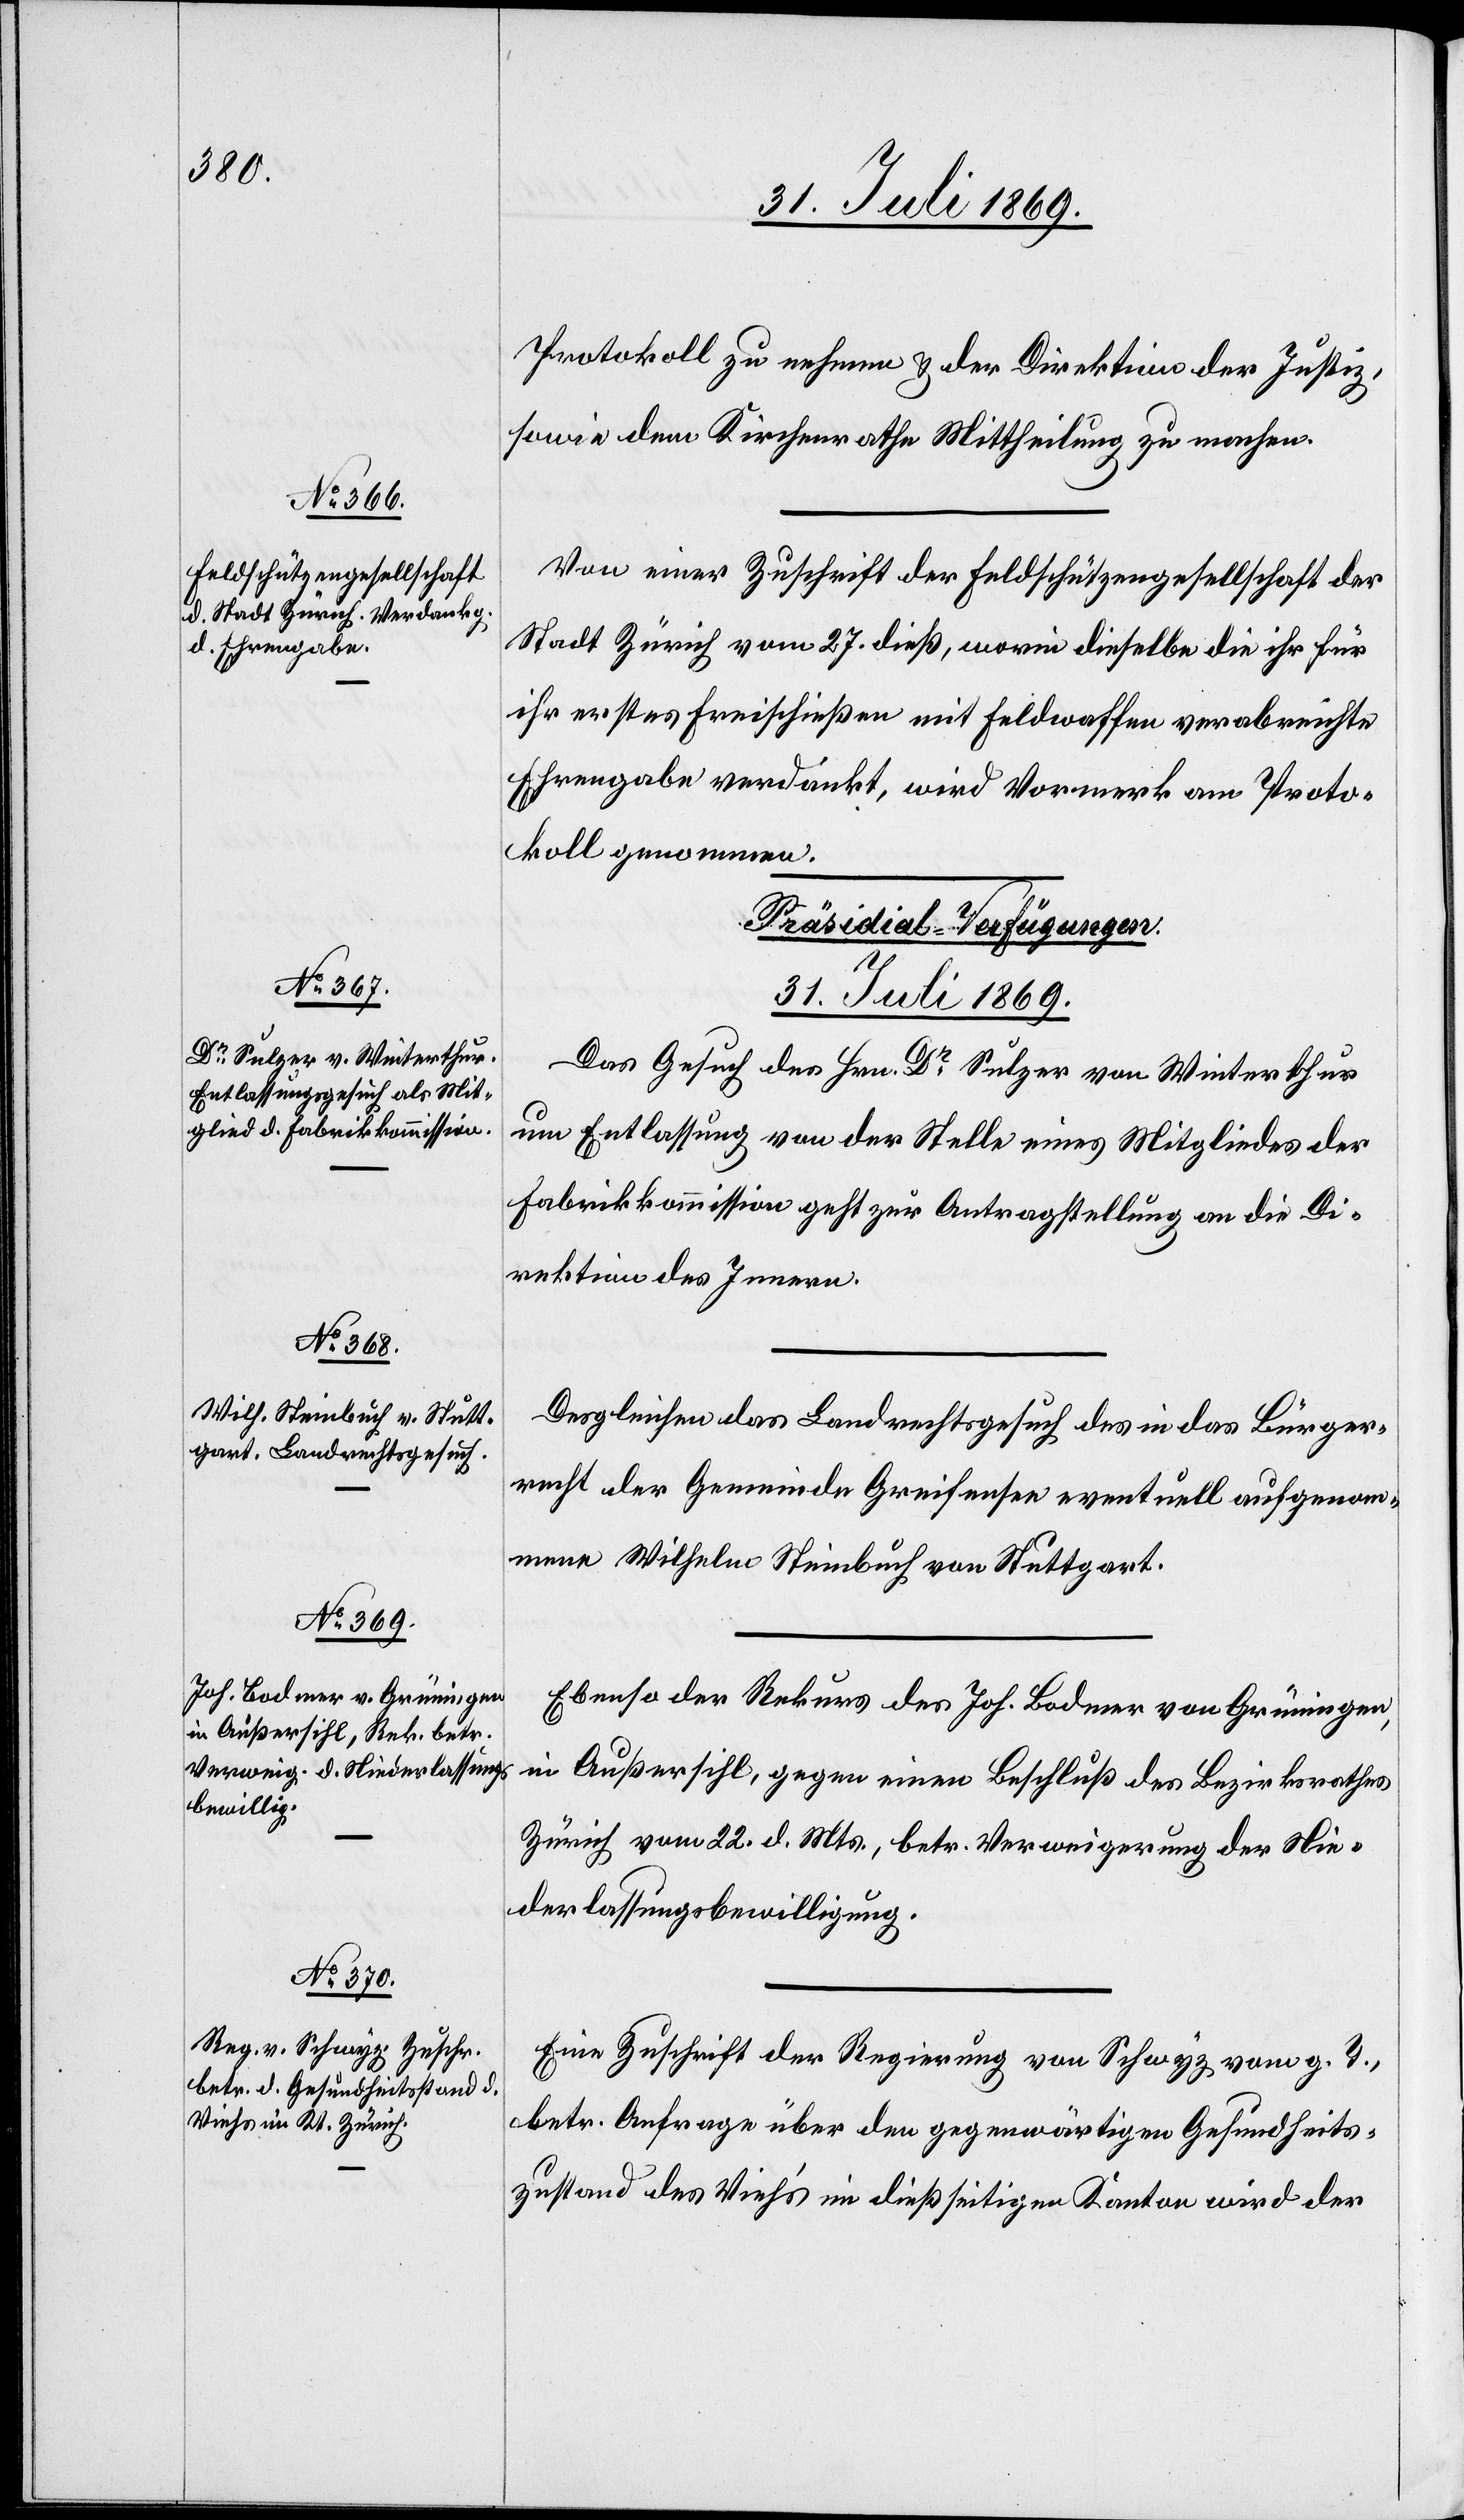
31. Juli 1869]
Protokoll zu nehmen & der Direktion der Justiz,
sowie dem Kirchenrathe Mittheilung zu machen.
Von einer Zuschrift der Feldschützengesellschaft der
Stadt Zürich vom 27 dieß, worin dieselbe die ihr für
ihr erstes Freischießen mit Feldwaffen verabreichte
Ehrengabe verdankt, wird Vormerk am Proto¬
koll gewonnen.
[Präsidial-Verfügungen.
31. Juli 1869.
Das Gesuch des Hrn. Dr Sulzer von Winterthur
um Entlassung von der Stelle eines Mitgliedes der
Fabrikkommission geht zur Antragstellung an die Di¬
rektion des Innern.
Desgleichen das Landrechtsgesuch des in das Bürger¬
recht der Gemeinde Greifensee eventuell aufgenom¬
menen Wilhelm Steinbuch von Stuttgart.
Ebenso der Rekurs des Joh. Bodmer von Grüningen,
in Außersihl, gegen einen Beschluß des Bezirksrathes
Zürich vom 22. d. Mts., betr. Verweigerung der Nie¬
derlaßungsbewilligung.
Eine Zuschrift der Regierung von Schwyz vom g. T.,
betr. Anfrage über den gegenwärtigen Gesundheits¬
zustand des Vieh’s im dießseitigen Kanton wird der